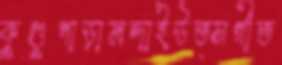
কুণ্ডুপাড়ামন্দাইউত্সর্গীত